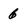
Character: 6